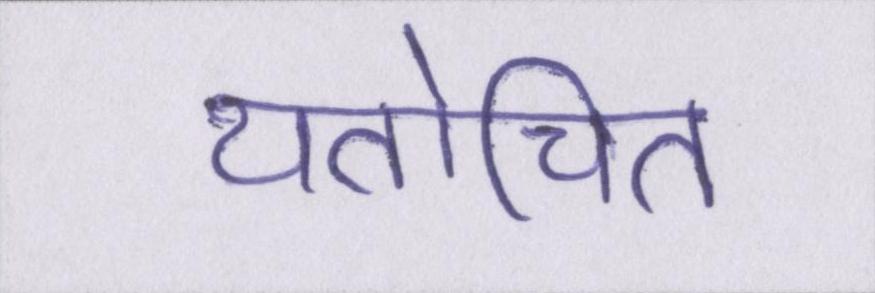
यतोचित